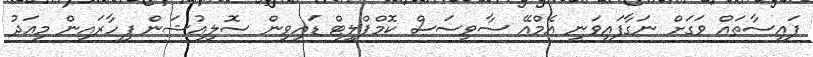
ފައިސާތައް ވަގަށް ނަގާފައިވަނީ އެމްއޭ ސާވިސަސް ކޮމްޕްލީޓް ޑައިވިން ސޮލިއުޝަން ފިހާރައިން މިއަދު